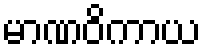
မာဏဝိကာယ